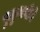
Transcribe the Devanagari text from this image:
पुलुमावीने